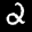
Label: 2